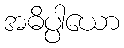
အဓိပ္ပါယော